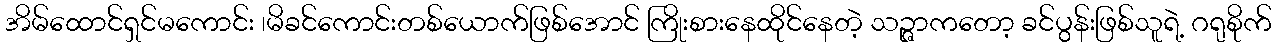
အိမ်ထောင်ရှင်မကောင်း ၊မိခင်ကောင်းတစ်ယောက်ဖြစ်အောင် ကြိုးစားနေထိုင်နေတဲ့ သဉ္ဇာကတော့ ခင်ပွန်းဖြစ်သူရဲ့ ဂရုစိုက်